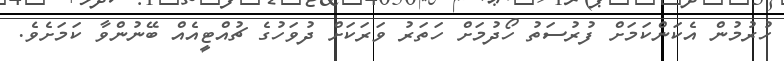
ހުރުމުން އެކަންކަމަށް ފުރުސަތު ހޯދުމަށް ހަތަރު ވަރަކަށް ދުވަހުގެ ޗުއްޓީއެއް ބޭނުންވާ ކަމަށެވެ.